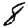
Digit: 8